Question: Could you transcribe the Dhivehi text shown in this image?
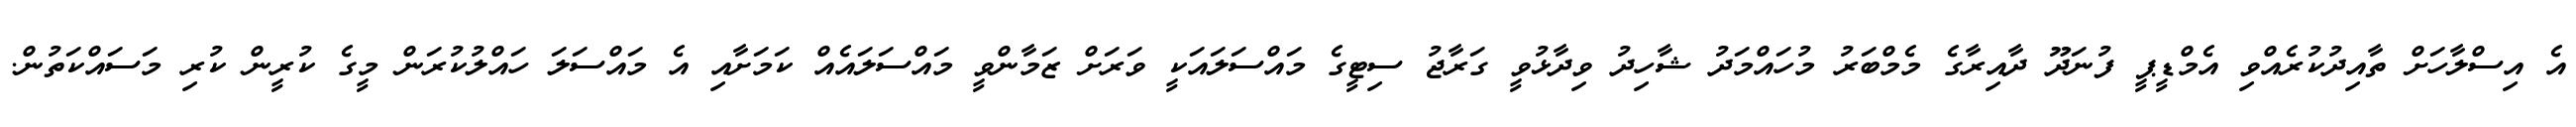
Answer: އެ އިސްލާހަށް ތާއިދުކުރެއްވި އެމްޑީޕީ ފުނަދޫ ދާއިރާގެ މެމްބަރު މުހައްމަދު ޝާހިދު ވިދާޅުވީ ގަރާޖު ސިޓީގެ މައްސަލައަކީ ވަރަށް ޒަމާންވީ މައްސަލައެއް ކަމަށާއި އެ މައްސަލަ ހައްލުކުރަން މީގެ ކުރީން ކުރި މަސައްކަތުން.